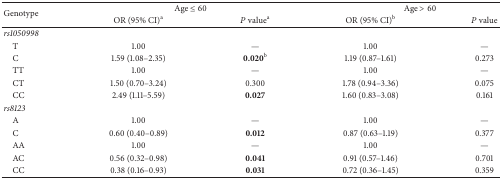
| <ROWSPAN=2> Genotype | <COLSPAN=2> Age ≤ 60 | <COLSPAN=2> Age > 60 |
 | OR (95% CI)a | P valuea | OR (95% CI)b | P value |
 | --- | --- | --- | --- | --- |
 | rs1050998 |  |  |  |  |
 | T | 1.00 | — | 1.00 | — |
 | C | 1.59 (1.08–2.35) | 0.020b | 1.19 (0.87–1.61) | 0.273 |
 | TT | 1.00 | — | 1.00 | — |
 | CT | 1.50 (0.70–3.24) | 0.300 | 1.78 (0.94–3.36) | 0.075 |
 | CC | 2.49 (1.11–5.59) | 0.027 | 1.60 (0.83–3.08) | 0.161 |
 | rs8123 |  |  |  |  |
 | A | 1.00 | — | 1.00 | — |
 | C | 0.60 (0.40–0.89) | 0.012 | 0.87 (0.63–1.19) | 0.377 |
 | AA | 1.00 | — | 1.00 | — |
 | AC | 0.56 (0.32–0.98) | 0.041 | 0.91 (0.57–1.46) | 0.701 |
 | CC | 0.38 (0.16–0.93) | 0.031 | 0.72 (0.36–1.45) | 0.359 |